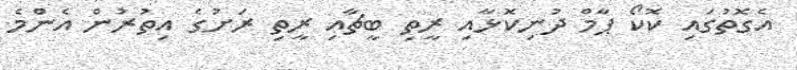
އެގޮތުގައި ކޮކޯ ޕާމް ދުނިކޮޅާއި ރީތި ބީޗާއި ރީތި ރަށުގެ އިތުރުން އެންމެ